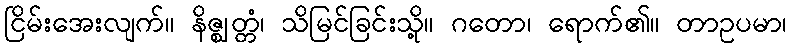
ငြိမ်းအေးလျက်။ နိဇ္ဈတ္တံ၊ သိမြင်ခြင်းသို့။ ဂတော၊ ရောက်၏။ တာဥပမာ၊